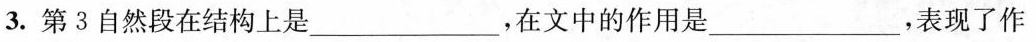
3.第3自然段在结构上是___，在文中的作用是___，表现了作